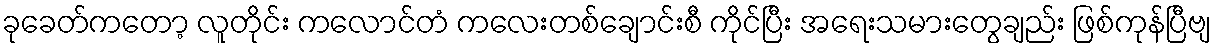
ခုခေတ်ကတော့ လူတိုင်း ကလောင်တံ ကလေးတစ်ချောင်းစီ ကိုင်ပြီး အရေးသမားတွေချည်း ဖြစ်ကုန်ပြီဗျ